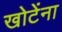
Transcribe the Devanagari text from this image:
खोटेंना